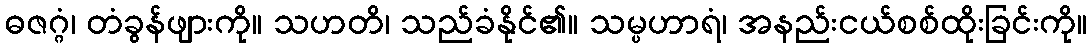
ဓဇဂ္ဂံ၊ တံခွန်ဖျားကို။ သဟတိ၊ သည်ခံနိုင်၏။ သမ္ပဟာရံ၊ အနည်းငယ်စစ်ထိုးခြင်းကို။